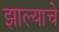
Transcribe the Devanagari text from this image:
झाल्‍याचे